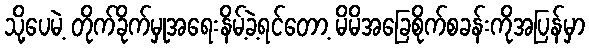
သို့ပေမဲ့ တိုက်ခိုက်မှုအရေးနိမ့်ခဲ့ရင်တော့ မိမိအခြေစိုက်စခန်းကိုအပြန်မှာ